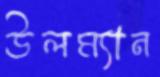
উলম্যান